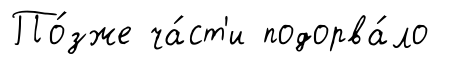
По́зже ча́ст'и подорва́ло